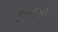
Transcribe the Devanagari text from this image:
फुफ्फुसांत